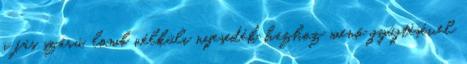
a fás szárú, lomb nélküli nyesedék házhoz menő gyűjtésével